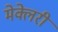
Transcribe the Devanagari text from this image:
मेक्लेरी